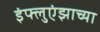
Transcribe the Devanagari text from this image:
इंफ्लुएंझाच्या